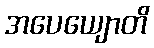
အပေယျောတိ